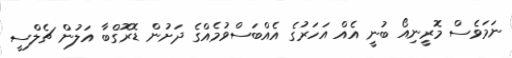
ނަމަވެސް މޮރީނިއޯ ބުނީ އެއް އަހަރުގެ އެއްބަސްވުމެއްގެ ދަށުން ޑޮރޮގްބާ އަލުން ޗެލްސީ